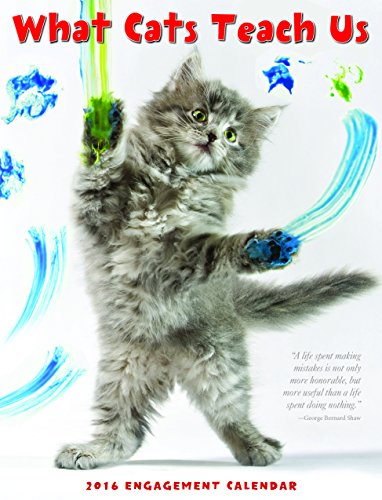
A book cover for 2016 What Cats Teach Us Engagement Calendar; Willow Creek Press; Calendars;